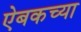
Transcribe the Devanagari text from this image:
ऐबकच्या